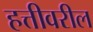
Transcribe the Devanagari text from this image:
हत्तीवरील